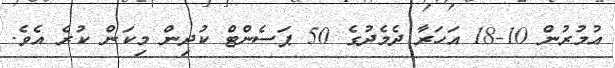
އުމުރުން 10-18 އަހަރާ ދެމެދުގެ 50 ޕަސެންޓް ކުދިން މިކަން ކުރެ އެވެ.